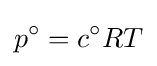
p^{\circ }=c^{\circ }RT